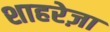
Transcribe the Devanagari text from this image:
शाहरेज़ा